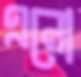
এনো